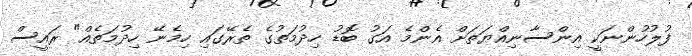
ފުލުހުންނަކީ އިންސާނިއްޔަތަށް އެންމެ އަގު ބޮޑު ހިދުމަތުގެ ތެރޭގައި ހިމެނޭ ހިދުމަތެއް" ރައީސް